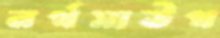
নর্থসাউথ